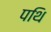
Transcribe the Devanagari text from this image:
पथि